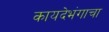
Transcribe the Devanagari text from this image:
कायदेभंगाचा